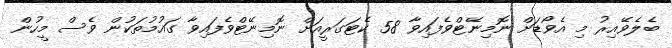
ބެލެވޭއިރު މި އެވޯޑަށް ނޮމިނޭޓްވެފައިވާ 58 ކެޓަގަރީއަށް ނޮމިނޭޓްވެފައިވާ ގައުމުތަކުން ވެސް މީހުން